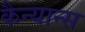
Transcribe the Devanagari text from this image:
कैन्यान्स